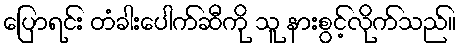
ပြောရင်း တံခါးပေါက်ဆီကို သူ နားစွင့်လိုက်သည်။